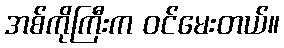
အစ်ကိုကြီးက ဝင်မေးတယ်။